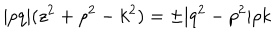
\vert p q \vert ( z ^ { 2 } + \rho ^ { 2 } - k ^ { 2 } ) = \pm \vert q ^ { 2 } - p ^ { 2 } \vert \rho k